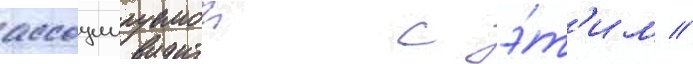
ассоциируемои с э́т'им //